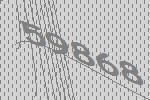
59868